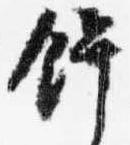
餅